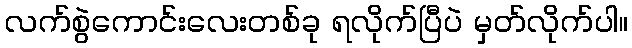
လက်စွဲကောင်းလေးတစ်ခု ရလိုက်ပြီပဲ မှတ်လိုက်ပါ။